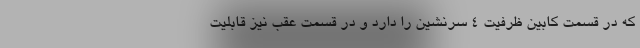
که در قسمت کابین ظرفیت 4 سرنشین را دارد و در قسمت عقب نیز قابلیت